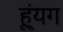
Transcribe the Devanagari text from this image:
ह्यूंग